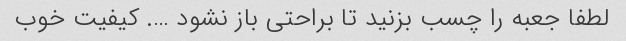
لطفا جعبه را چسب بزنید تا براحتی باز نشود …. کیفیت خوب